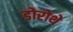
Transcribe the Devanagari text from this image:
डोरोथे